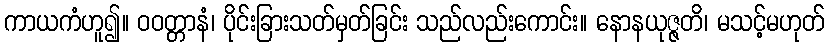
ကာယကံဟူ၍။ ဝဝတ္တာနံ၊ ပိုင်းခြားသတ်မှတ်ခြင်း သည်လည်းကောင်း။ နောနယုဇ္ဇတိ၊ မသင့်မဟုတ်